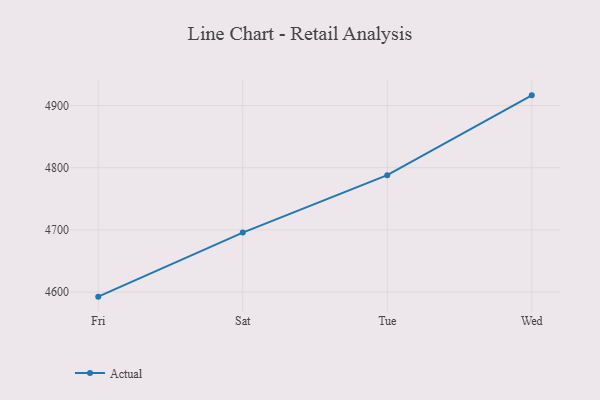
{"axis": {"x": "Day", "y": "Production Output"}, "legend": ["Actual"], "data": [{"x": "Fri", "y": 4592.6, "type": "Actual"}, {"x": "Sat", "y": 4695.7, "type": "Actual"}, {"x": "Tue", "y": 4788.0, "type": "Actual"}, {"x": "Wed", "y": 4916.4, "type": "Actual"}]}